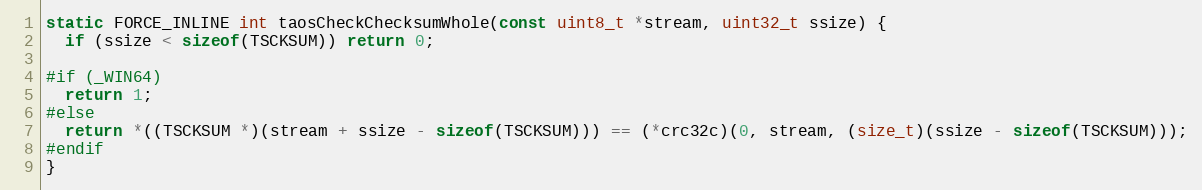
Language: C
static FORCE_INLINE int taosCheckChecksumWhole(const uint8_t *stream, uint32_t ssize) {
  if (ssize < sizeof(TSCKSUM)) return 0;

#if (_WIN64)
  return 1;
#else
  return *((TSCKSUM *)(stream + ssize - sizeof(TSCKSUM))) == (*crc32c)(0, stream, (size_t)(ssize - sizeof(TSCKSUM)));
#endif
}